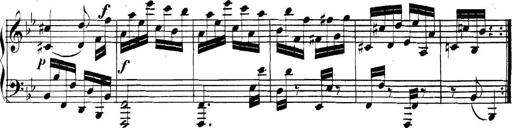
Title: Collected Piano Sonatas
Composer: Muzio Clementi